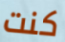
كنت